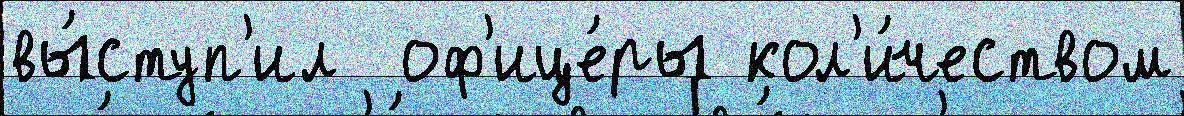
вы́ступ'ил  оф'ице́ры кол'и́чеством